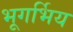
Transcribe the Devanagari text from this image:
भूगर्भिय